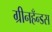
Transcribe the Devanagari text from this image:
ग्रीनहँन्डस